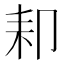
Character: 𦓥